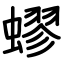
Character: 蟉